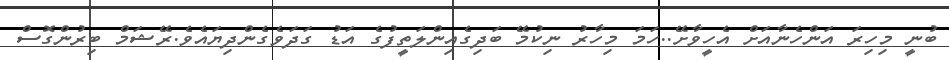
ބުނީ މިހިރަ އަންހެނާއަށް އެހީވާށޭ..ހަމަ މިހާރު ނިކުމޭ ބަދިގެއިންލަތީފުގެ އަޑު ގަދަވެގެންދިޔައެވެ.ރޭޝަމް ބިރުންގޮސް